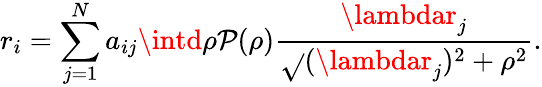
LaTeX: r_{i}=\sum_{j=1}^{N}a_{ij}\intd\rho\mathcal{P}(\rho)\frac{{\lambdar_{j}}}{{\sqrt{}{{(\lambdar_{j})^{2}+\rho^{2}}}}}.